Annual administration report of the Civil Veterinary Department of India - 1896-1897
Year: 1896
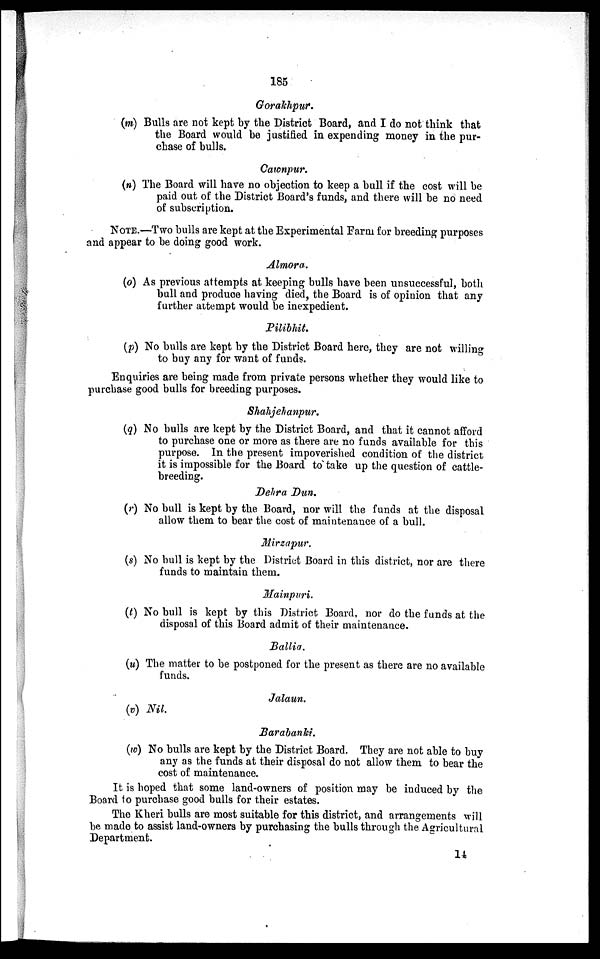
185
Gorakhpur.
(m) Bulls are not kept by the District Board, and I do not think that
the Board would be justified in expending money in the pur-
chase of bulls.
Cawnpur.
(n) The Board will have no objection to keep a bull if the cost will be
paid out of the District Board's funds, and there will be no need
of subscription.
NOTE.—Two bulls are kept at the Experimental Farm for breeding purposes
and appear to be doing good work.
Almora.
(o) As previous attempts at keeping bulls have been unsuccessful, both
bull and produce having died, the Board is of opinion that any
further attempt would be inexpedient.
Pilibhit.
(p) No bulls are kept by the District Board here, they are not willing
to buy any for want of funds.
Enquiries are being made from private persons whether they would like to
purchase good bulls for breeding purposes.
Shahjehanpur.
(q) No bulls are kept by the District Board, and that it cannot afford
to purchase one or more as there are no funds available for this
purpose. In the present impoverished condition of the district
it is impossible for the Board to take up the question of cattle-
breeding.
Dehra Dun.
(r) No bull is kept by the Board, nor will the funds at the disposal
allow them to bear the cost of maintenance of a bull.
Mirzapur.
(s) No bull is kept by the District Board in this district, nor are there
funds to maintain them.
Mainpuri.
(t) No bull is kept by this District Board, nor do the funds at the
disposal of this Board admit of their maintenance.
Ballia.
(u) The matter to be postponed for the present as there are no available
funds.
Jalaun.
(v) Nil.
Barabanki.
(w) No bulls are kept by the District Board. They are not able to buy
any as the funds at their disposal do not allow them to bear the
cost of maintenance.
It is hoped that some land-owners of position may be induced by the
Board to purchase good bulls for their estates.
The Kheri bulls are most suitable for this district, and arrangements will
be made to assist land-owners by purchasing the bulls through the Agricultural
Department.
14